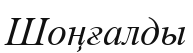
Шоңғалды